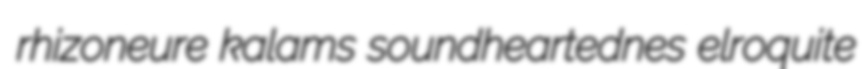
rhizoneure kalams soundheartednes elroquite